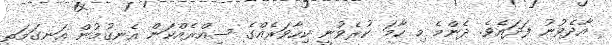
އާދެވުނު ފަދައެވެ. ދެންމެ މި ހާމަ ކުރެވުނީ ކިހާވަރެއްގެ ސިއްރެއްކަން އެނގުމުން އަނގަމަތީ